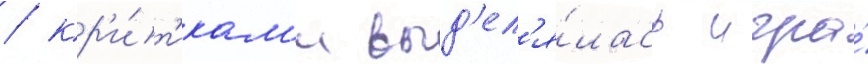
/ кр'и́т'икам'и выд'ел'я́лась игра́